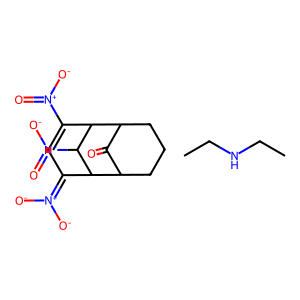
SMILES: CCNCC.O=C1C2CCCC1C1C(=[N+]([O-])[O-])C=C([N+](=O)[O-])C2C1[N+](=O)[O-]
Inhibits HIV replication: No